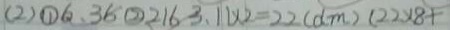
( 2 ) \textcircled { 1 } 6 . 3 8 \textcircled { 2 } 2 1 6 3 . 1 1 \times 2 = 2 2 ( d m ) ( 2 2 \times 8 +